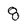
Character: 8